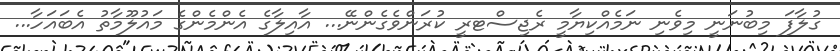
ގުލާފަ މިބުނަނީ މިވެނި ނަމެއްކިޔާމީ ރެޖިސްޓރީ ކުރަންވެގެންނޭ... އާއިލާގެ އެންމެންގެ މައުލޫމާތު އެބައަހާ...